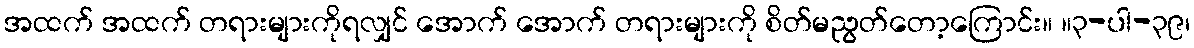
အထက် အထက် တရားများကိုရလျှင် အောက် အောက် တရားများကို စိတ်မညွတ်တော့ကြောင်း။ ။၃-ပါ-၃၉၊